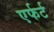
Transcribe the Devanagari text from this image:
एर्फर्ट